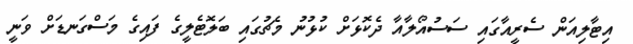
އިޓާލިއަން ސެރީއާގައި ސަސުއޯލާއާ ދެކޮޅަށް ކުޅުނު މެޗުގައި ބަލޮޓެލީގެ ފައިގެ މަސްގަނޑަށް ވަނީ